Civil Veterinary Department. Madras. Admin. report 1926-33 - 1926-1933
Year: 1926
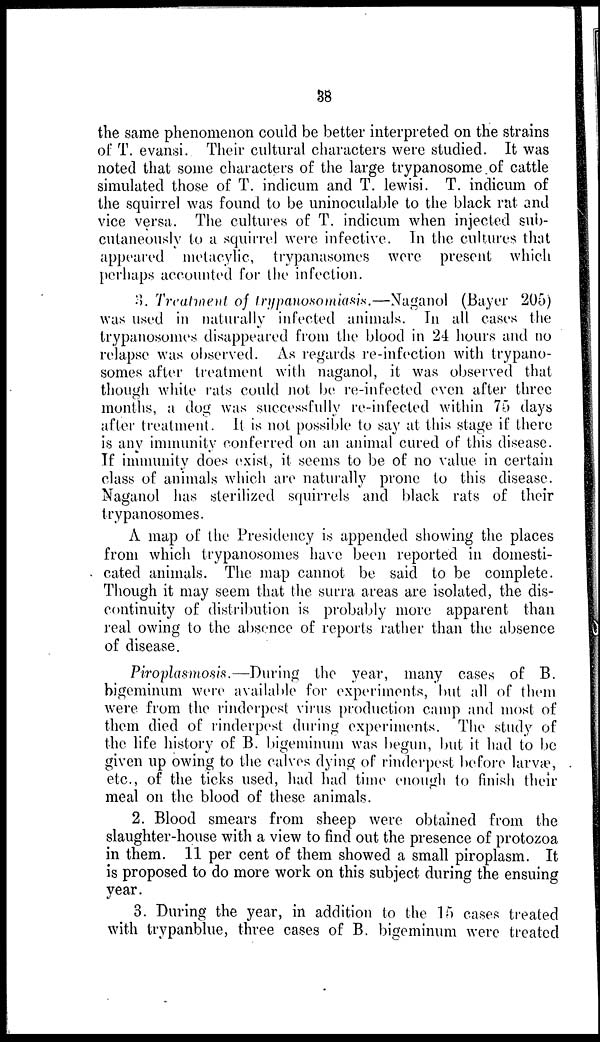
38
the same phenomenon could be better interpreted on the strains
of T. evansi. Their cultural characters were studied. It was
noted that some characters of the large trypanosome of cattle
simulated those of T. indicum and T. lewisi. T. indicum of
the squirrel was found to be uninoculable to the black rat and
vice versa. The cultures of T. indicum when injected sub-
cutaneously to a squirrel were infective. In the cultures that
appeared metacylic, trypanasomes were present which
perhaps accounted for the infection.
3. Treatment of trypanosomiasis.—Naganol (Bayer 205)
was used in naturally infected animals. In all cases the
trypanosomes disappeared from the blood in 24 hours and no
relapse was observed. As regards re-infection with trypano-
somes after treatment with naganol, it was observed that
though white rats could not be re-infected even after three
months, a dog was successfully re-infected within 75 days
after treatment. It is not possible to say at this stage if there
is any immunity conferred on an animal cured of this disease.
If immunity does exist, it seems to be of no value in certain
class of animals which are naturally prone to this disease.
Naganol has sterilized squirrels and black rats of their
trypanosomes.
A map of the Presidency is appended showing the places
from which trypanosomes have been reported in domesti-
cated animals. The map cannot be said to be complete.
Though it may seem that the surra areas are isolated, the dis-
continuity of distribution is probably more apparent than
real owing to the absence of reports rather than the absence
of disease.
Piroplasmosis.—During the year, many cases of B.
bigeminum were available for experiments, but all of them
were from the rinderpest virus production camp and most of
them died of rinderpest during experiments. The study of
the life history of B. bigeminum was begun, but it had to be
given up owing to the calves dying of rinderpest before larvæ,
etc., of the ticks used, had had time enough to finish their
meal on the blood of these animals.
2. Blood smears from sheep were obtained from the
slaughter-house with a view to find out the presence of protozoa
in them. 11 per cent of them showed a small piroplasm. It
is proposed to do more work on this subject during the ensuing
year.
3. During the year, in addition to the 15 cases treated
with trypanblue, three cases of B. bigeminum were treated